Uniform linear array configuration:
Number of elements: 32
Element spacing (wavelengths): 0.5
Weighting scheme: exponential
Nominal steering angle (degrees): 30
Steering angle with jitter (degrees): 30.953
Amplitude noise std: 0.05
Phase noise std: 0.05

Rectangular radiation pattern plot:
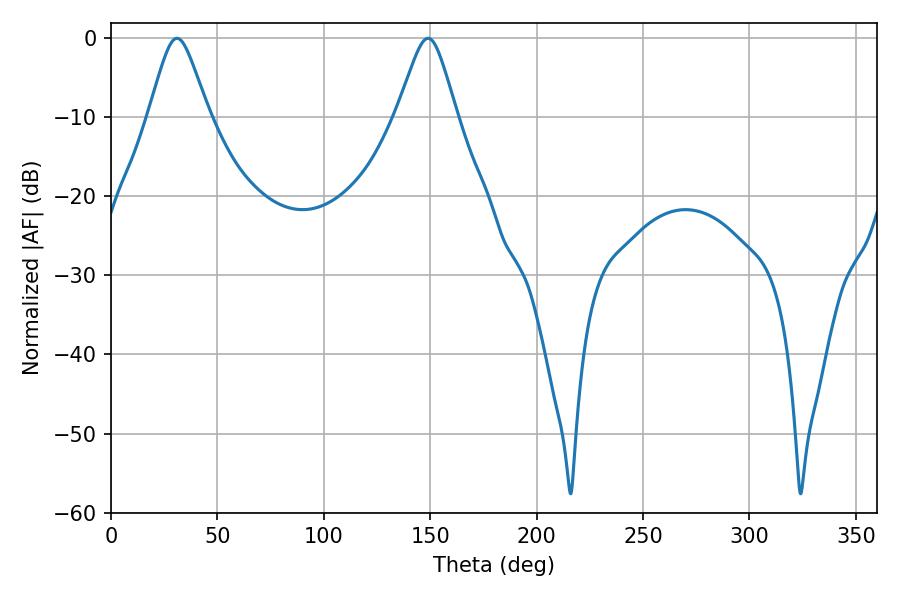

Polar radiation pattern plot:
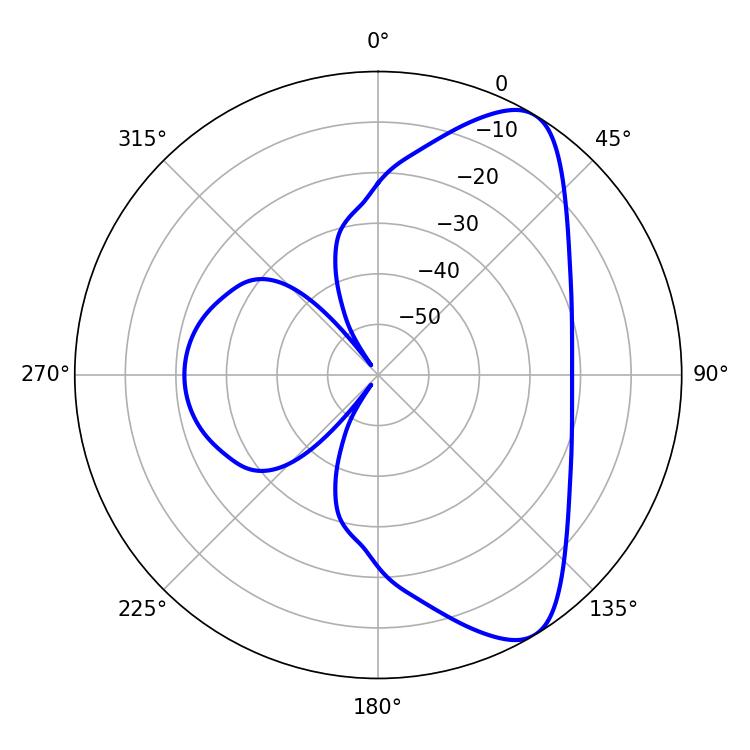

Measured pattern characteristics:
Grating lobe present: FALSE
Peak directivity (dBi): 8.182
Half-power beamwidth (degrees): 13.5
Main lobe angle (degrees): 30.96